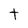
Character: t